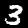
Digit: 3